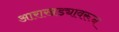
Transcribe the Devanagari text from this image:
आराखड्यावरून